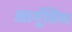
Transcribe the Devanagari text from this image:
आर्गूसिया